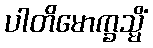
ပါတိမောက္ခသ္မိံ